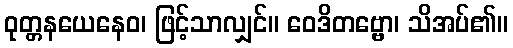
ဝုတ္တနယေနေဝ၊ ဖြင့်သာလျှင်။ ဝေဒိတဗ္ဗော၊ သိအပ်၏။